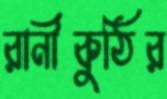
রানীকুঠির